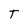
Character: T